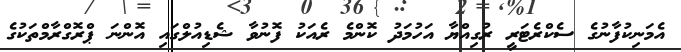
އެމަނިކުފާނުގެ ސެކްރެޓަރީ ރުގިއްޔާ އަހުމަދު ކޮންމެ ރެއަކު ފޮނުވާ ޝެޑިއުލްގައި އޮންނަ ޕްރޮގްރާމްތަކުގެ